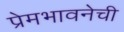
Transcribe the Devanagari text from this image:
प्रेमभावनेची